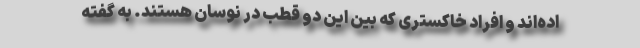
اده‌اند و افراد خاکستری که بین این دو قطب در نوسان هستند. به گفته